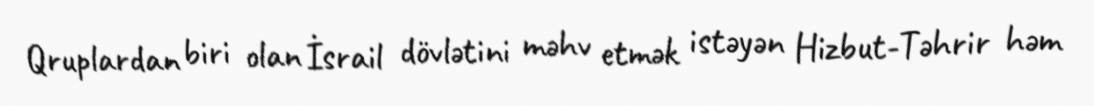
Qruplardan biri olan İsrail dövlətini məhv etmək istəyən Hizbut-Təhrir həm